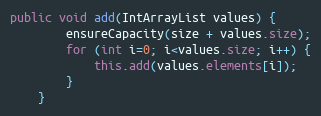
Language: Java
public void add(IntArrayList values) {
        ensureCapacity(size + values.size);
        for (int i=0; i<values.size; i++) {
            this.add(values.elements[i]);
        }
    }